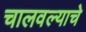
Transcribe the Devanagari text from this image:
चालवल्याचे